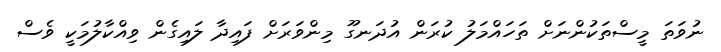
ނުވަތަ މީސްތަކުންނަށް ތަހައްމަލު ކުރަން އުދަނގޫ މިންވަރަށް ފައިދާ ލައިގެން ވިއްކާލުމަކީ ވެސް